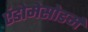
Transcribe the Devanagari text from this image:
एंडोमेसोडर्म